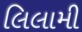
લિલામી